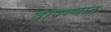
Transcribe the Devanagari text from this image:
वापण्यात